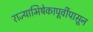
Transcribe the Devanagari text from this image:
राज्याभिषेकापूर्वीपासून